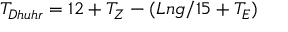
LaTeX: T _ { D h u h r } = 1 2 + T _ { Z } - ( L n g / 1 5 + T _ { E } )